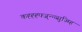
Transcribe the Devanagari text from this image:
कह्ह्ह्फ्ज्न्न्व्सुज्म्हि